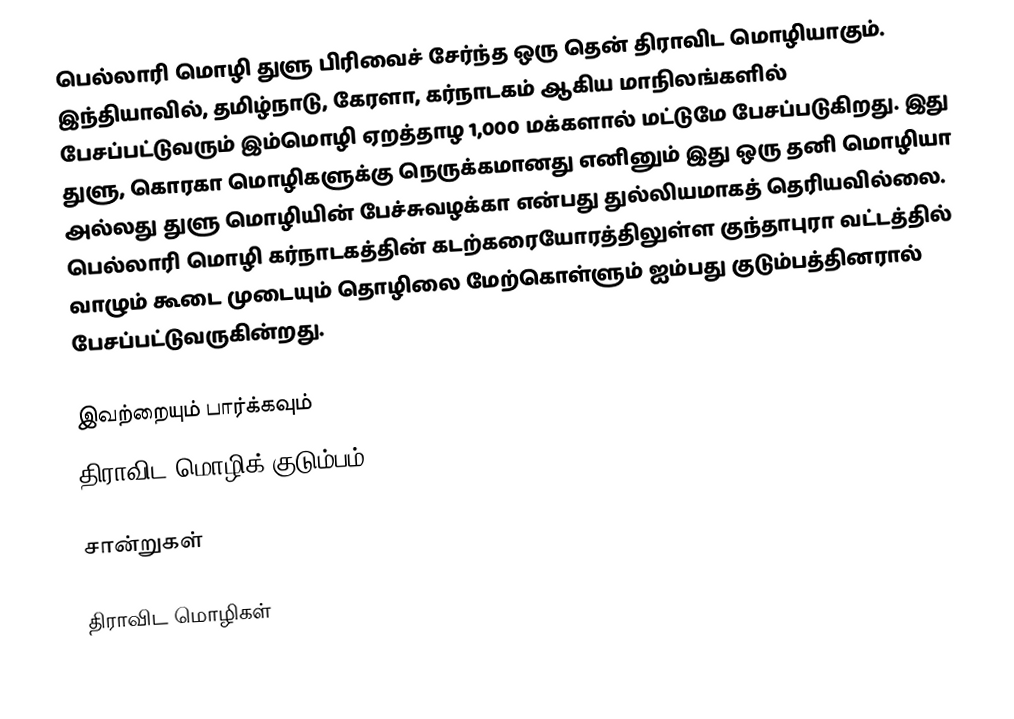
பெல்லாரி மொழி துளு பிரிவைச் சேர்ந்த ஒரு தென் திராவிட மொழியாகும். இந்தியாவில், தமிழ்நாடு, கேரளா, கர்நாடகம் ஆகிய மாநிலங்களில் பேசப்பட்டுவரும் இம்மொழி ஏறத்தாழ 1,000 மக்களால் மட்டுமே பேசப்படுகிறது. இது துளு, கொரகா மொழிகளுக்கு நெருக்கமானது எனினும் இது ஒரு தனி மொழியா அல்லது துளு மொழியின் பேச்சுவழக்கா என்பது துல்லியமாகத் தெரியவில்லை. பெல்லாரி மொழி கர்நாடகத்தின் கடற்கரையோரத்திலுள்ள குந்தாபுரா வட்டத்தில் வாழும் கூடை முடையும் தொழிலை மேற்கொள்ளும் ஐம்பது குடும்பத்தினரால் பேசப்பட்டுவருகின்றது.

இவற்றையும் பார்க்கவும்
 திராவிட மொழிக் குடும்பம்

சான்றுகள்

திராவிட மொழிகள்